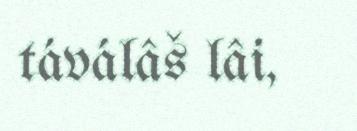
táválâš lâi,